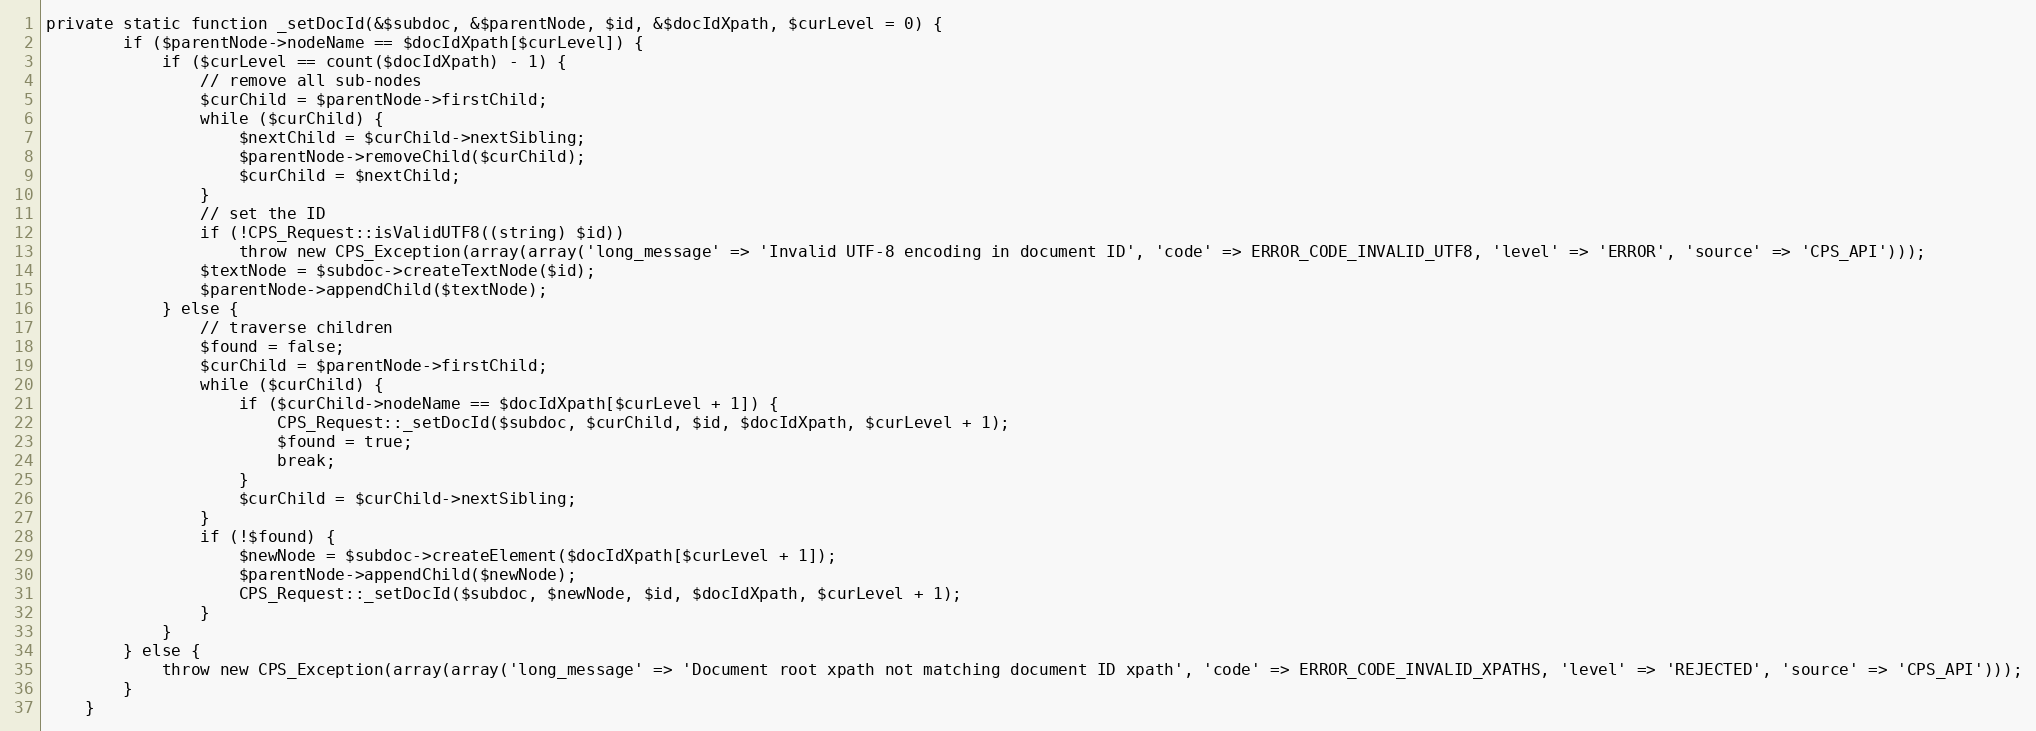
Language: PHP
private static function _setDocId(&$subdoc, &$parentNode, $id, &$docIdXpath, $curLevel = 0) {
        if ($parentNode->nodeName == $docIdXpath[$curLevel]) {
            if ($curLevel == count($docIdXpath) - 1) {
                // remove all sub-nodes
                $curChild = $parentNode->firstChild;
                while ($curChild) {
                    $nextChild = $curChild->nextSibling;
                    $parentNode->removeChild($curChild);
                    $curChild = $nextChild;
                }
                // set the ID
                if (!CPS_Request::isValidUTF8((string) $id))
                	throw new CPS_Exception(array(array('long_message' => 'Invalid UTF-8 encoding in document ID', 'code' => ERROR_CODE_INVALID_UTF8, 'level' => 'ERROR', 'source' => 'CPS_API')));
                $textNode = $subdoc->createTextNode($id);
                $parentNode->appendChild($textNode);
            } else {
                // traverse children
                $found = false;
                $curChild = $parentNode->firstChild;
                while ($curChild) {
                    if ($curChild->nodeName == $docIdXpath[$curLevel + 1]) {
                        CPS_Request::_setDocId($subdoc, $curChild, $id, $docIdXpath, $curLevel + 1);
                        $found = true;
                        break;
                    }
                    $curChild = $curChild->nextSibling;
                }
                if (!$found) {
                    $newNode = $subdoc->createElement($docIdXpath[$curLevel + 1]);
                    $parentNode->appendChild($newNode);
                    CPS_Request::_setDocId($subdoc, $newNode, $id, $docIdXpath, $curLevel + 1);
                }
            }
        } else {
            throw new CPS_Exception(array(array('long_message' => 'Document root xpath not matching document ID xpath', 'code' => ERROR_CODE_INVALID_XPATHS, 'level' => 'REJECTED', 'source' => 'CPS_API')));
        }
    }